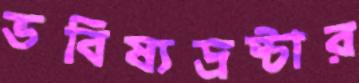
ভবিষ্যদ্রষ্টার